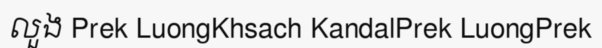
លួង Prek LuongKhsach KandalPrek LuongPrek